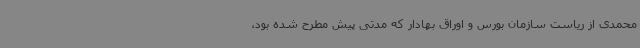
محمدی از ریاست سازمان بورس و اوراق بهادار که مدتی پیش مطرح شده بود،